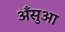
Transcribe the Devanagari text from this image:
अँसुआ